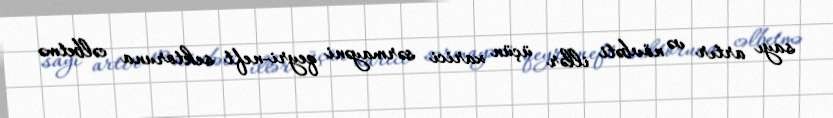
sayı artır və növbəti illər üçün xarici sərmayəni qeyri-neft sektoruna cəlbetmə